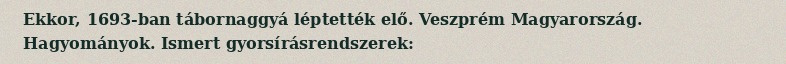
Ekkor, 1693-ban tábornaggyá léptették elő. Veszprém Magyarország. Hagyományok. Ismert gyorsírásrendszerek: